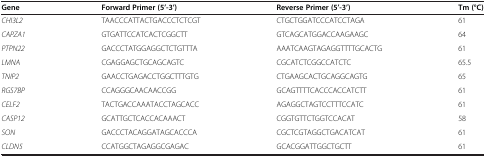
<table><thead><tr><td><b>Gene</b></td><td><b>Forward Primer (5’-3’)</b></td><td><b>Reverse Primer (5’-3’)</b></td><td><b>Tm (°C)</b></td></tr></thead><tbody><tr><td><i>CHI3L2</i></td><td>TAACCCATTACTGACCCTCTCGT</td><td>CTGCTGGATCCCATCCTAGA</td><td>61</td></tr><tr><td><i>CAPZA1</i></td><td>GTGATTCCATCACTCGGCTT</td><td>GTCAGCATGGACCAAGAAGC</td><td>64</td></tr><tr><td><i>PTPN22</i></td><td>GACCCTATGGAGGCTCTGTTTA</td><td>AAATCAAGTAGAGGTTTTGCACTG</td><td>61</td></tr><tr><td><i>LMNA</i></td><td>CGAGGAGCTGCAGCAGTC</td><td>CGCATCTCGGCCATCTC</td><td>65.5</td></tr><tr><td><i>TNIP2</i></td><td>GAACCTGAGACCTGGCTTTGTG</td><td>CTGAAGCACTGCAGGCAGTG</td><td>65</td></tr><tr><td><i>RGS7BP</i></td><td>CCAGGGCAACAACCGG</td><td>GCAGTTTTCACCCACCATCTT</td><td>61</td></tr><tr><td><i>CELF2</i></td><td>TACTGACCAAATACCTAGCACC</td><td>AGAGGCTAGTCCTTTCCATC</td><td>61</td></tr><tr><td><i>CASP12</i></td><td>GCATTGCTCACCACAAACT</td><td>CGGTGTTCTGGTCCACAT</td><td>58</td></tr><tr><td><i>SON</i></td><td>GACCCTACAGGATAGCACCCA</td><td>CGCTCGTAGGCTGACATCAT</td><td>61</td></tr><tr><td><i>CLDN5</i></td><td>CCATGGCTAGAGGCGAGAC</td><td>GCACGGATTGGCTGCTT</td><td>61</td></tr></tbody></table>